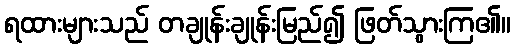
ရထားများသည် တချုန်းချုန်းမြည်၍ ဖြတ်သွားကြ၏။